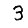
Digit: 3